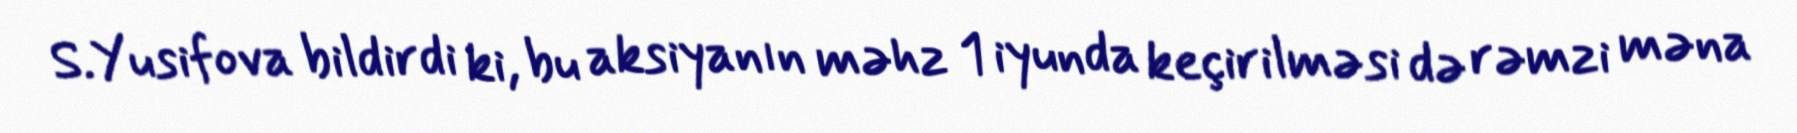
S.Yusifova bildirdi ki, bu aksiyanın məhz 1 iyunda keçirilməsi də rəmzi məna